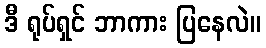
ဒီ ရုပ်ရှင် ဘာကား ပြနေလဲ။